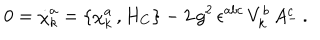
0 = { \dot { \chi } } _ { k } ^ { a } = \{ \chi _ { k } ^ { a } \, , H _ { C } \} - 2 \, g ^ { 2 } \, \epsilon ^ { a b c } \, V _ { k } ^ { b } \, A _ { - } ^ { c } \, .